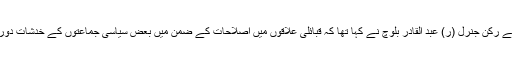
دو دن پہلے وفاقی وزیر برائے سیفران اور فاٹا اصلاحاتی کمیٹی کے رکن جنرل (ر) عبد القادر بلوچ نے کہا تھا کہ قبائلی علاقوں میں اصلاحات کے ضمن میں بعض سیاسی جماعتوں کے خدشات دور کر کے اس سلسلے میں حائل تمام رکاوٹوں کو دور کرلیا گیا ہے۔